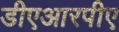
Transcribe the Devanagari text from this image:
डीएआरपीए